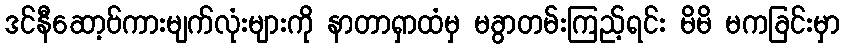
ဒင်နီဆော့ဗ်ကားမျက်လုံးများကို နာတာရှာထံမှ မခွာတမ်းကြည့်ရင်း မိမိ မကခြင်းမှာ